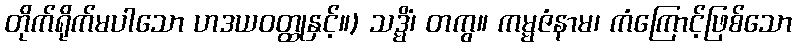
တိုက်ရိုက်မပါသော ဟဒယဝတ္ထုနှင့်။) သဒ္မိံ၊ တကွ။ ကမ္မဇံနာမ၊ ကံကြောင့်ဖြစ်သော